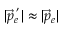
| \vec { p } _ { e } ^ { \; ^ { \prime } } | \approx | \vec { p } _ { e } |